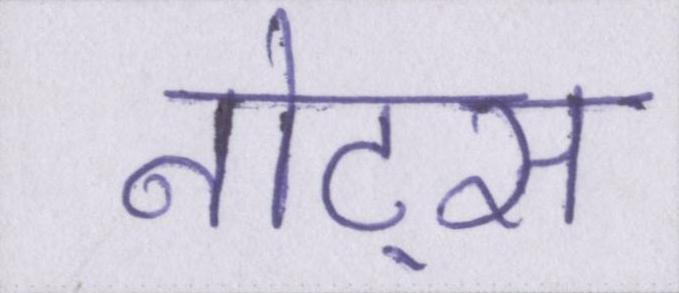
नोट्स